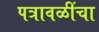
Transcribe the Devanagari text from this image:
पत्रावळींचा